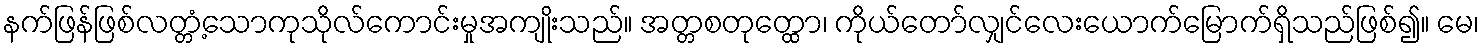
နက်ဖြန်ဖြစ်လတ္တံ့သောကုသိုလ်ကောင်းမှုအကျိုးသည်။ အတ္တစတုတ္ထော၊ ကိုယ်တော်လျှင်လေးယောက်မြောက်ရှိသည်ဖြစ်၍။ မေ၊